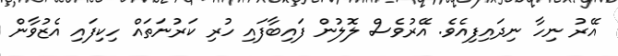
އޭރު ނިހާ ނިދައިފިއެވެ. އޭރުވެސް ލޮލުން ފައިބާފައި ހުރި ކަރުނަތައް ހިކިފައި އެޒުވާން